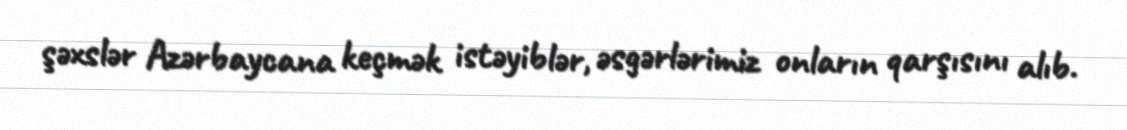
şəxslər Azərbaycana keçmək istəyiblər, əsgərlərimiz onların qarşısını alıb.